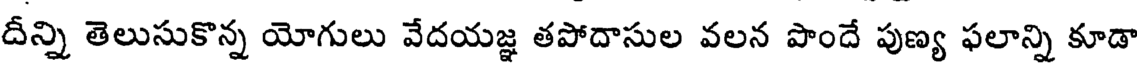
దీన్ని తెలుసుకొన్న యోగులు వేదయజ్ఞ తపోదాసుల వలన పొందే పుణ్య ఫలాన్ని కూడా